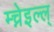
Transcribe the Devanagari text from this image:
म्च्नेइल्ल्